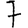
Digit: 7